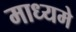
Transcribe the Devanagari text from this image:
माध्‍यमे